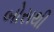
બોસથી